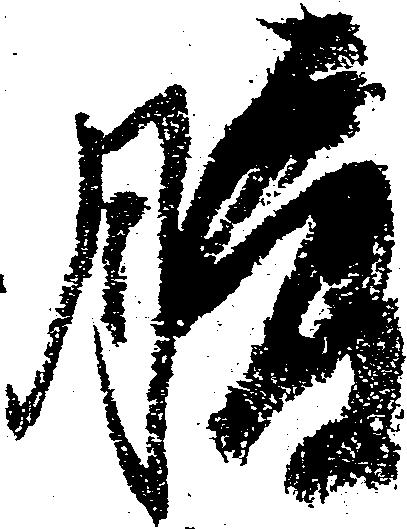
腹